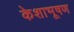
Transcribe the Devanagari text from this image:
केशाभूषण